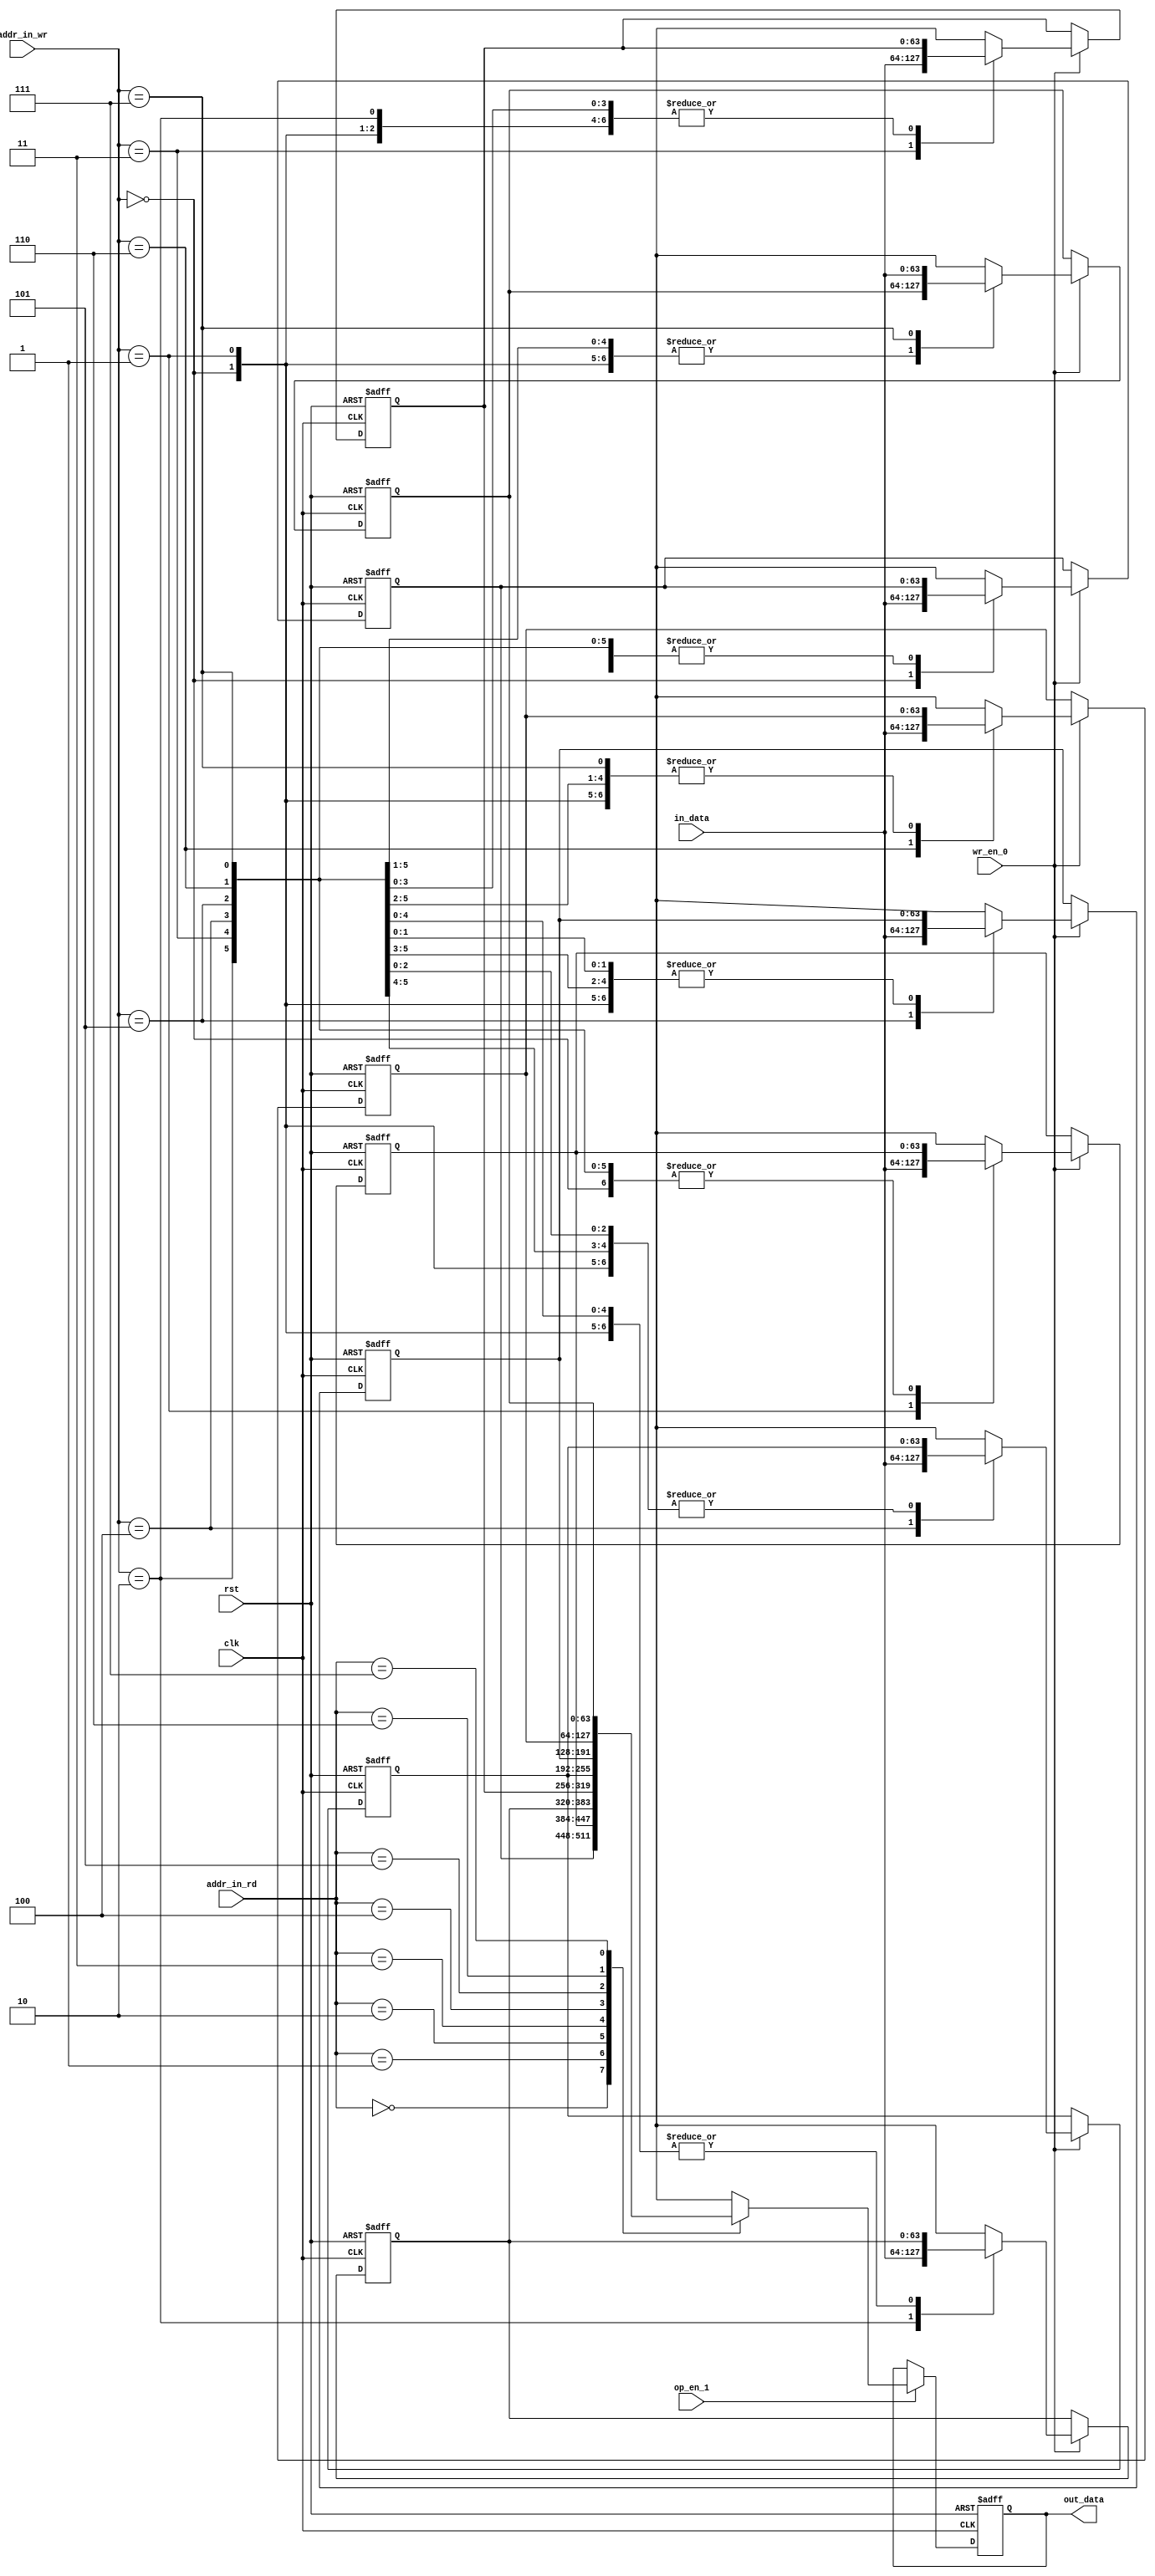
module buffer_top_64x8(clk, rst, addr_in_wr, in_data, wr_en_0, addr_in_rd, out_data, op_en_1);

input clk;
input rst;

//port for writing
input [2:0] addr_in_wr;
input [63:0] in_data;
input wr_en_0;

//port for reading
input [2:0] addr_in_rd;
output reg [63:0] out_data;
input op_en_1;

reg [63:0] mem [7:0];


//writing
always @ (posedge clk,posedge rst)
begin
if (rst)
begin
mem[0]=0;
mem[1]=0;
mem[2]=0;
mem[3]=0;
mem[4]=0;
mem[5]=0;
mem[6]=0;
mem[7]=0;
end
else
begin
if(wr_en_0)
begin
mem[addr_in_wr]=in_data;
end
end
end

//reading
always @ (posedge clk,posedge rst)
begin
if (rst)
begin
out_data=0;
end
else
begin
if(op_en_1)
begin
out_data=mem[addr_in_rd];
end
end
end


endmodule